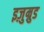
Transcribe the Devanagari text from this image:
इज़ुम्रुड